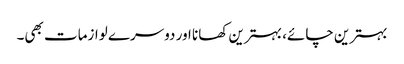
بہترین چائے، بہترین کھانا اور دوسرے لوازمات بھی۔